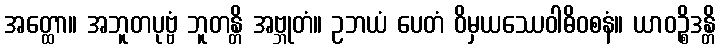
အတ္ထော။ အဘူတပုဗ္ဗံ ဘူတန္တိ အဗ္ဘုတံ။ ဥဘယံ ပေတံ ဝိမှယဿေဝါဓိဝစနံ။ ယာဝဉ္စိဒန္တိ